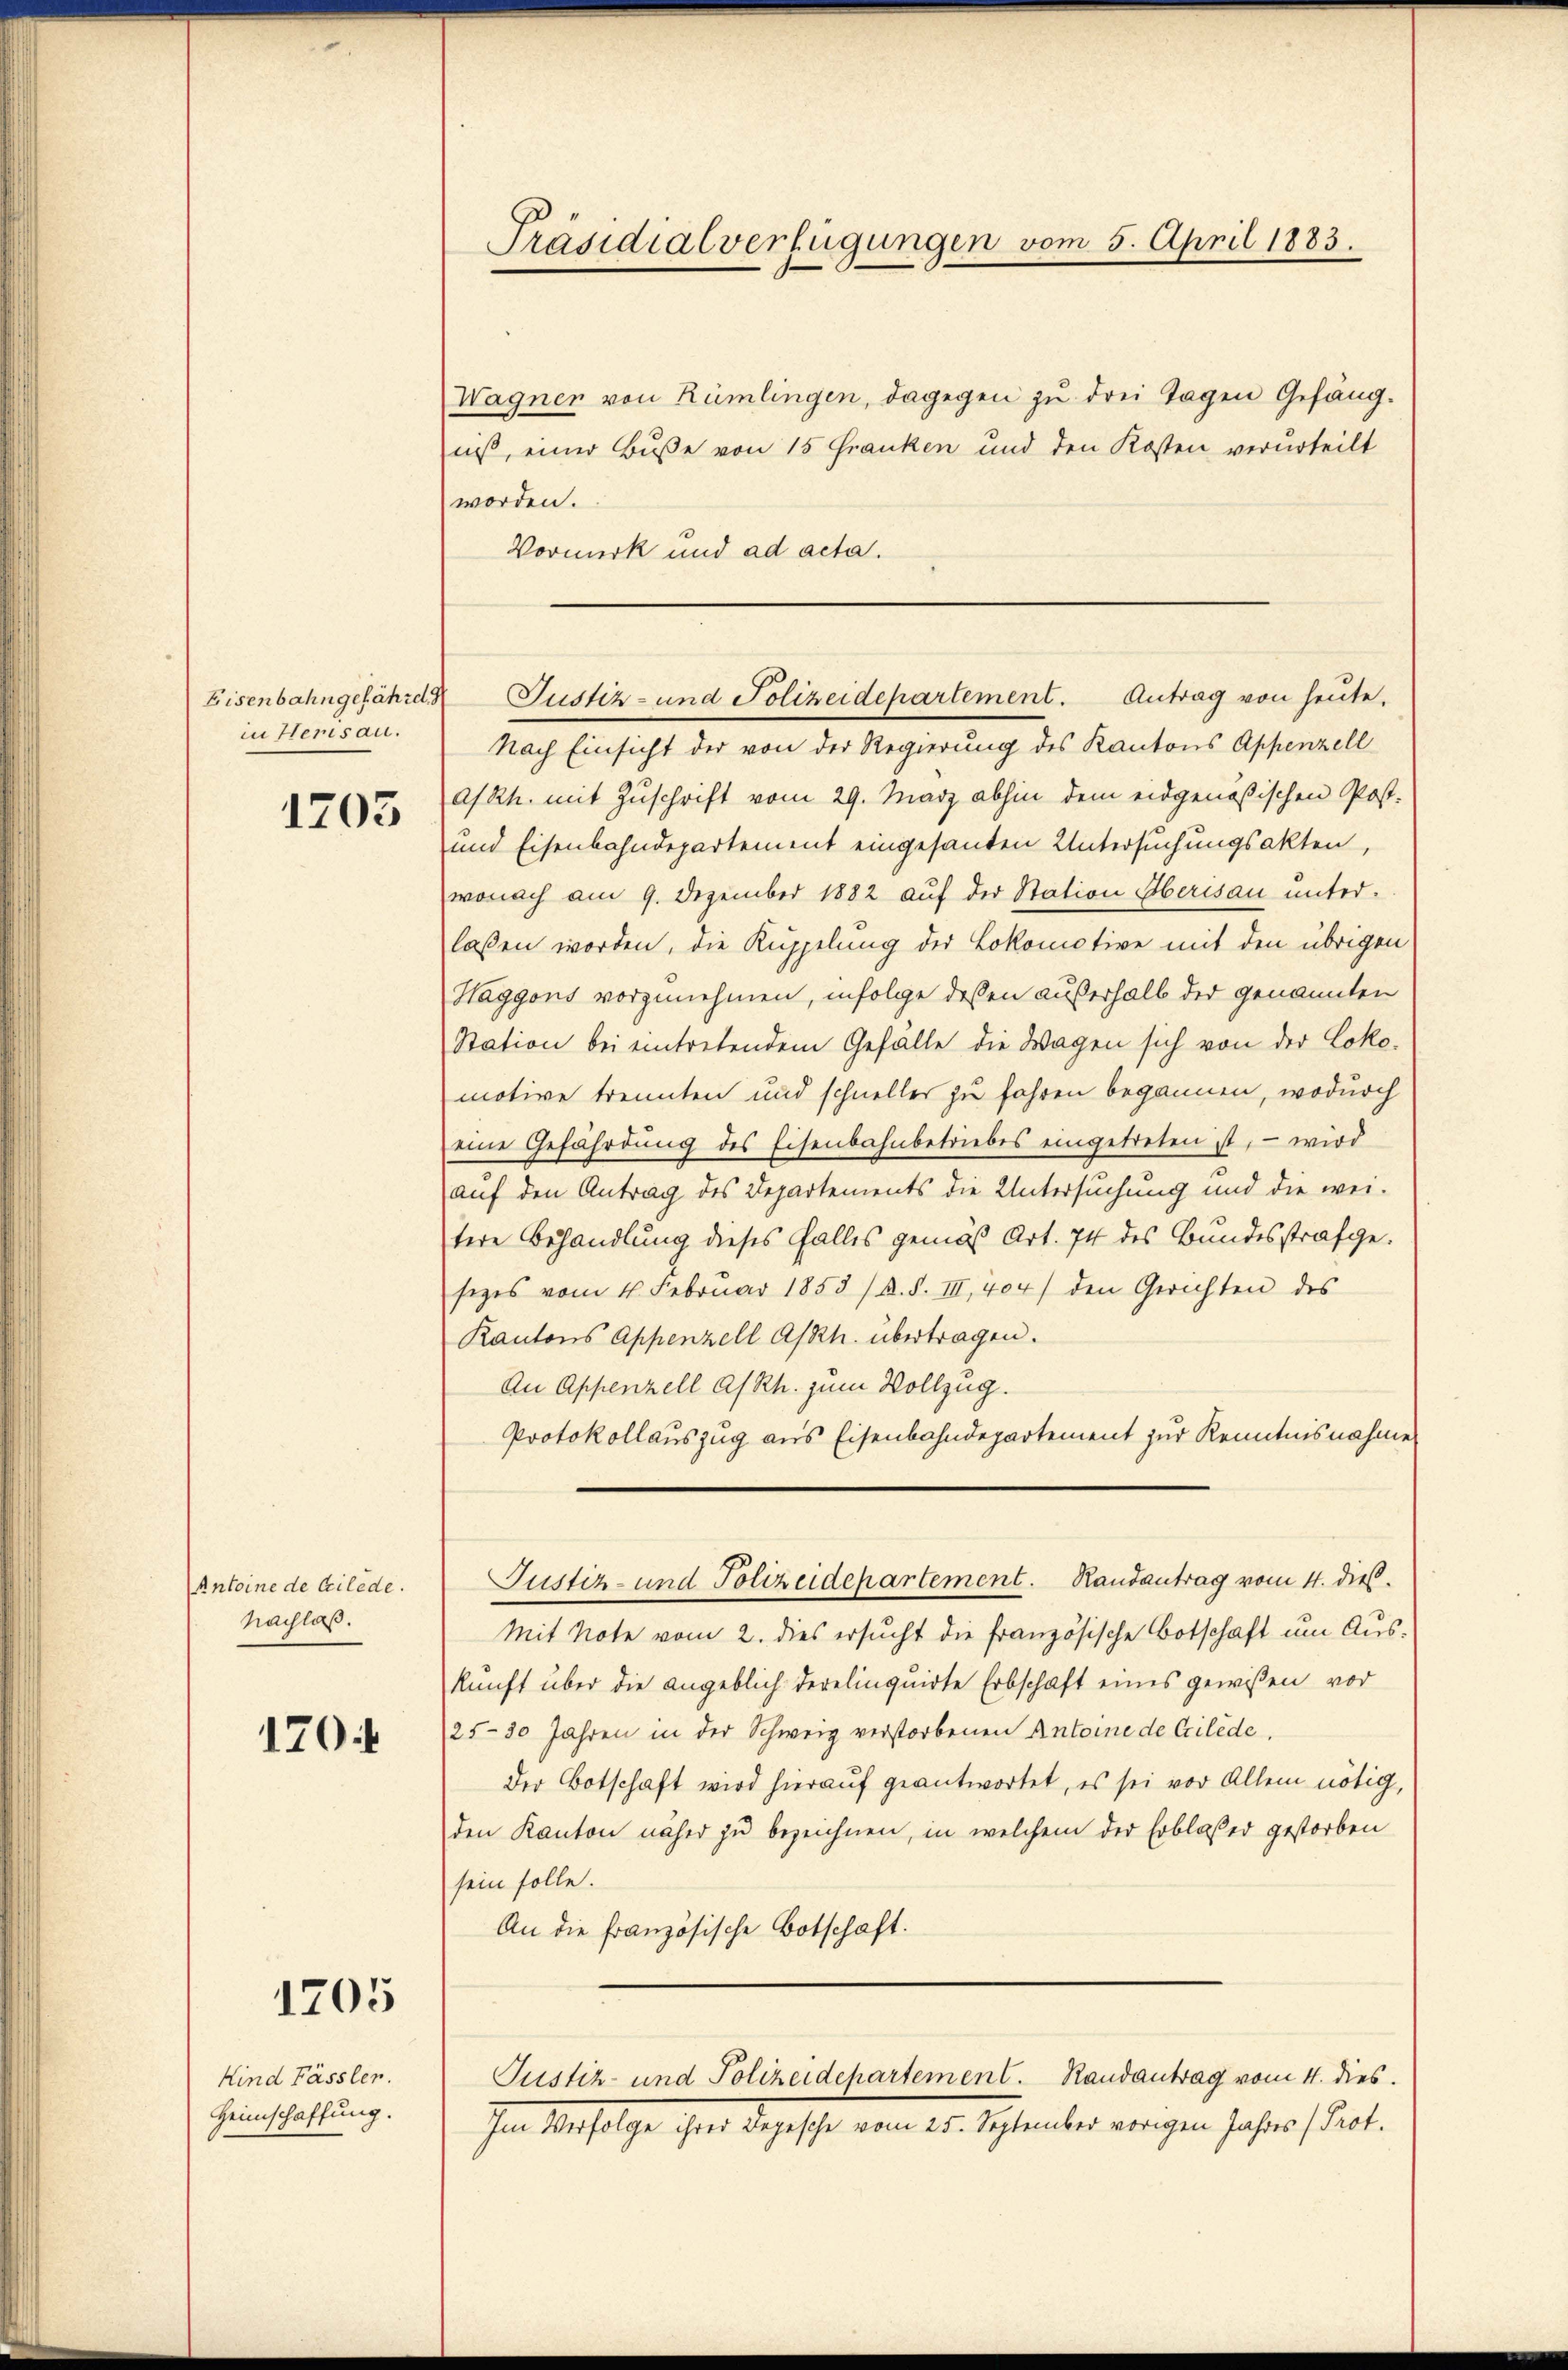
in Herisau.

1203

Antoine de bilde.
Nachlaß.

170

1205

Kind Fässler.
Heimschaffung.

Präsidialverfügungen vom 5. April 1883.

Wagner von Rümlingen, dagegen zu drei Tagen Gefängniß, einer Buße von 15 Franken und den Kosten verurteilt
worden.
Vormerk und ad acta.
Nach Einsicht der von der Regierung des Kantons Appenzell
A/Rh. mit Zuschrift vom 29. März abhin dem eidgenößischen Post-
und Eisenbahndepartement eingesanten Untersuchungsakten,
wonach am 9. Dezember 1882 auf der Station Oberisau unter-
lassen worden, die Kuppelung der Lokomotive mit den übrigen
Haggons vorzunehmen, infolge dessen außerhalb der genannten
Station bei eintretendem Gefälle die Wagen sich von der Loko-
motive trennten und schneller zu fahren begannen, wodurch
eine Gefährdung des Eisenbahnbetriebes eingetreten ist, – wird
auf den Antrag des Departements die Untersuchung und die wei-
tere Behandlung dieses Falles gemäß Art. 74 des Bundesstrafgesezes vom 4. Febrŭar 1853 /A. S. III, 404) den Gerichten des
Kantons Appenzell A/Rh. übertragen.
An Appenzell A/Rh. zum Vollzug.
Protokollauszug aus Eisenbahndepartement zur Kenntnisnahme
Justiz- und Polizeidepartement. Randantrag vom 4. dieß.
Mit Note vom 2. dies ersucht die französische Botschaft um Auskunft über die angeblich derelinquirte Erbschaft eines gewissen vor
25–30 Jahren in der Schweiz verstorbenen Antoine de Ccilede,
Der Botschaft wird hierauf geantwortet, es sei vor Allem nötig,
den Kanton näher zu bezeichnen, in welchem der Erblasser gestorben
sein solle.
An die französische Botschaft.
Justiz- und Polizeidepartement. Randantrag vom 4. dies
Im Verfolge ihrer Depesche vom 25. September vorigen Jahres (Prot.

Eisenbahngefährde Justiz- und Polizeidepartement. Antrag von heute.